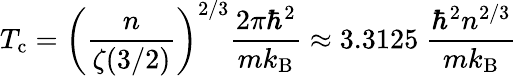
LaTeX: T_{\mathrm{{c}}}=\left({\frac{n}{\zeta(3/2)}}\right)^{2/3}{\frac{2\pi\hbar^{2}}{mk_{\mathrm{{B}}}}}\approx 3.3125\ {\frac{\hbar^{2}n^{2/3}}{mk_{\mathrm{{B}}}}}